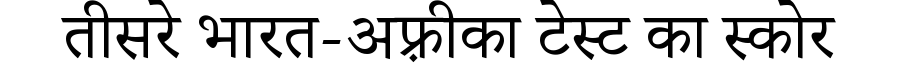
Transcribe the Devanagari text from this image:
तीसरे भारत-अफ़्रीका टेस्ट का स्कोर